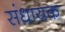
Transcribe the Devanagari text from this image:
संधायक